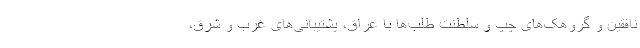
نافقین و گروهک‌های چپ و سلطنت طلب‌ها با عراق، پشتیبانی‌های غرب و شرق،